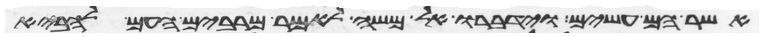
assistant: אשר הם עשים וידברו אל משה לאמר מרבים העם להביא